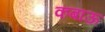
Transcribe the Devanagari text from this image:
कबाऊ